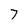
Character: 7